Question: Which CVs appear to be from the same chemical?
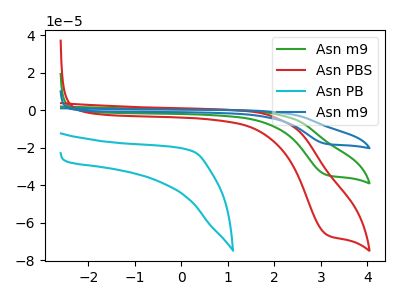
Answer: <think>The green curve "Asn m9" has a cathodic peak at: (3.10V, -34.45uA). The red curve "Asn PBS" has a cathodic peak at: (3.10V, -66.20uA). The cyan curve "Asn PB" has no peaks. The blue curve "Asn m9" has a cathodic peak at: (3.10V, -68.95uA).
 All the peaks in "Asn m9" have a peak in "Asn PBS" at the same potential. Every peak in "Asn m9" is lower than every peak in "Asn PBS". "Asn m9" and "Asn PB" have a different number of peaks. All the peaks in "Asn m9" have a peak in "Asn m9" at the same potential. Every peak in "Asn m9" is lower than every peak in "Asn m9". "Asn PBS" and "Asn PB" have a different number of peaks. All the peaks in "Asn PBS" have a peak in "Asn m9" at the same potential. Every peak in "Asn PBS" is lower than every peak in "Asn m9". "Asn PB" and "Asn m9" have a different number of peaks.</think>
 <answer>"Asn PBS", "Asn m9" and "Asn m9" have the same shape and are likely CV's of the same chemical.</answer>
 <eval>"Asn PBS" "Asn m9" "Asn m9"</eval>